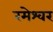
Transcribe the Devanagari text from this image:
रमेश्वर